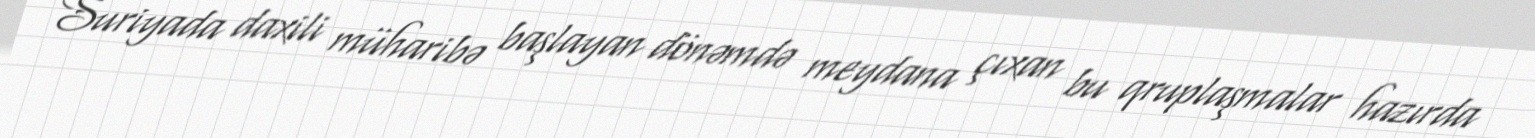
Suriyada daxili müharibə başlayan dönəmdə meydana çıxan bu qruplaşmalar hazırda